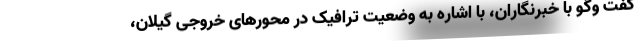
گفت وگو با خبرنگاران، با اشاره به وضعیت ترافیک در محورهای خروجی گیلان،